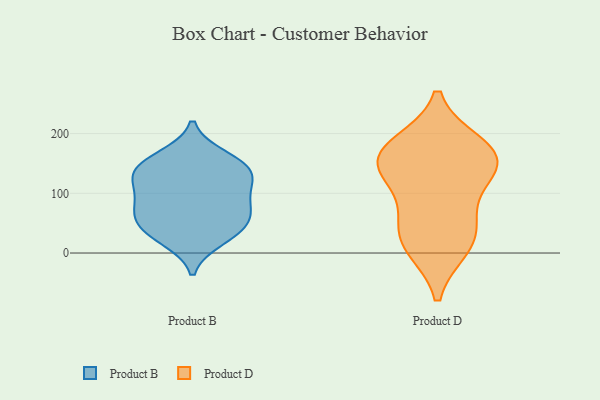
{"axis": {"x": "Latency (ms)", "y": "Value"}, "legend": ["Product B", "Product D"], "data": [{"x": "", "y": 147, "type": "Product B"}, {"x": "", "y": 161, "type": "Product B"}, {"x": "", "y": 45, "type": "Product B"}, {"x": "", "y": 74, "type": "Product B"}, {"x": "", "y": 55, "type": "Product B"}, {"x": "", "y": 145, "type": "Product B"}, {"x": "", "y": 91, "type": "Product B"}, {"x": "", "y": 112, "type": "Product B"}, {"x": "", "y": 126, "type": "Product B"}, {"x": "", "y": 133, "type": "Product B"}, {"x": "", "y": 74, "type": "Product B"}, {"x": "", "y": 23, "type": "Product B"}, {"x": "", "y": 33, "type": "Product B"}, {"x": "", "y": 181, "type": "Product D"}, {"x": "", "y": 14, "type": "Product D"}, {"x": "", "y": 171, "type": "Product D"}, {"x": "", "y": 68, "type": "Product D"}, {"x": "", "y": 141, "type": "Product D"}, {"x": "", "y": 43, "type": "Product D"}, {"x": "", "y": 168, "type": "Product D"}, {"x": "", "y": 135, "type": "Product D"}, {"x": "", "y": 10, "type": "Product D"}, {"x": "", "y": 143, "type": "Product D"}]}